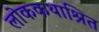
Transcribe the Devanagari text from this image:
लोककथाश्रित